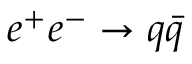
e ^ { + } e ^ { - } \to q \bar { q }